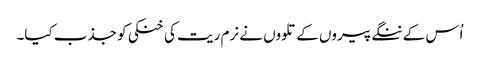
اُس کے ننگے پیروں کے تلووں نے نرم ریت کی خنکی کو جذب کیا۔